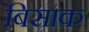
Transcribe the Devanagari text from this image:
बिसाक